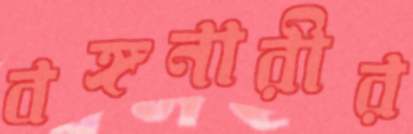
বঙ্গনারীর